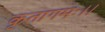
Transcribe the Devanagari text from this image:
कृतागमः।।